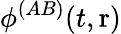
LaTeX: \phi^{(AB)}(t,\mathrm{r})